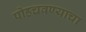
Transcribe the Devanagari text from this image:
पोहचवण्याचा